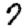
Digit: 7